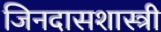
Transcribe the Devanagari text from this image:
जिनदासशास्त्री